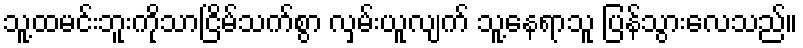
သူ့ထမင်းဘူးကိုသာငြိမ်သက်စွာ လှမ်းယူလျက် သူ့နေရာသူ ပြန်သွားလေသည်။